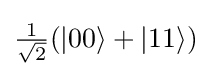
{\textstyle {\frac {1}{\sqrt {2}}}(|00\rangle +|11\rangle )}